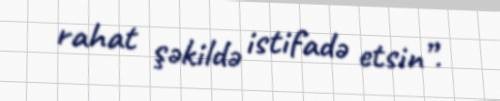
rahat şəkildə istifadə etsin”.